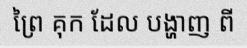
ព្រៃ គុក ដែល បង្ហាញ ពី